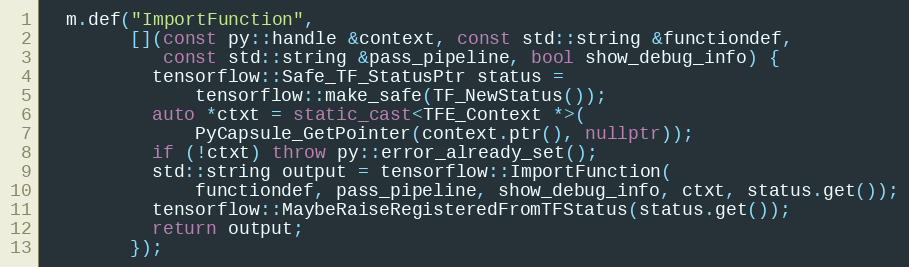
Language: C++
  m.def("ImportFunction",
        [](const py::handle &context, const std::string &functiondef,
           const std::string &pass_pipeline, bool show_debug_info) {
          tensorflow::Safe_TF_StatusPtr status =
              tensorflow::make_safe(TF_NewStatus());
          auto *ctxt = static_cast<TFE_Context *>(
              PyCapsule_GetPointer(context.ptr(), nullptr));
          if (!ctxt) throw py::error_already_set();
          std::string output = tensorflow::ImportFunction(
              functiondef, pass_pipeline, show_debug_info, ctxt, status.get());
          tensorflow::MaybeRaiseRegisteredFromTFStatus(status.get());
          return output;
        });